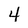
Character: 4